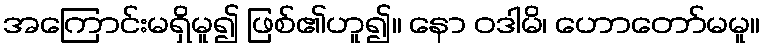
အကြောင်းမရှိမူ၍ ဖြစ်၏ဟူ၍။ နော ဝဒါမိ၊ ဟောတော်မမူ။